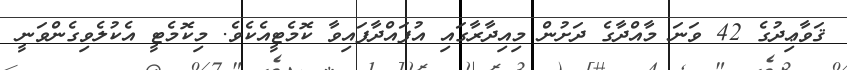
ޤަވާޢިދުގެ 42 ވަނަ މާއްދާގެ ދަށުން މިއިދާރާގައި އުފައްދާފައިވާ ކޮމެޓީއެކެވެ. މިކޮމެޓީ އެކުލެވިގެންވަނީ